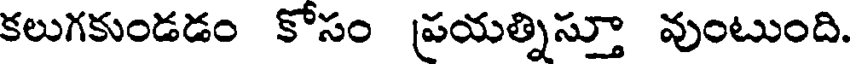
కలుగకుండడం కోసం ప్రయత్నిస్తూ వుంటుంది.